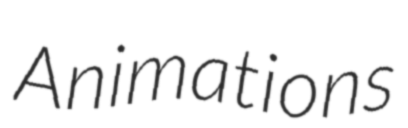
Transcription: Animations